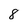
Character: 8